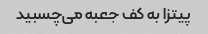
پیتزا به کف جعبه می‌چسبید